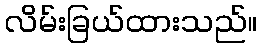
လိမ်းခြယ်ထားသည်။